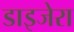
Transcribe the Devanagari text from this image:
डाइजेरा